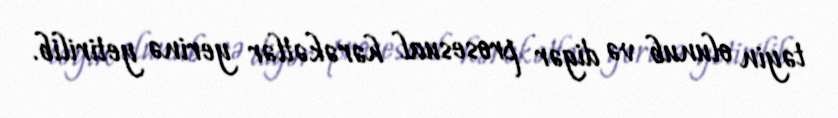
təyin olunub və digər prosesual hərəkətlər yerinə yetirilib.